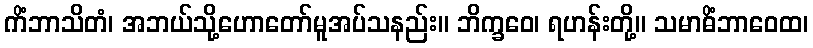
ကိံဘာသိတံ၊ အဘယ်သို့ဟောတော်မူအပ်သနည်း။ ဘိက္ခဝေ၊ ရဟန်းတို့။ သမာဓိံဘာဝေထ၊